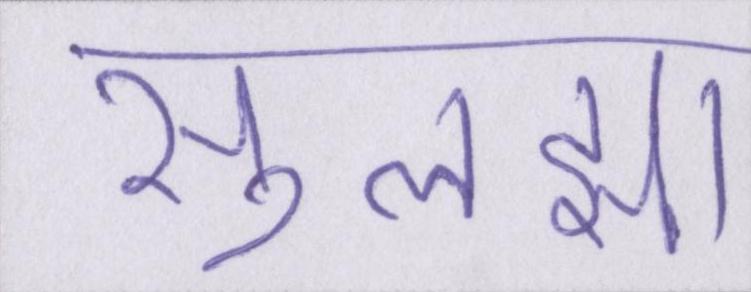
सुलझा